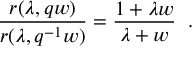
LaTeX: \frac { r ( \lambda , q w ) } { r ( \lambda , q ^ { - 1 } w ) } = \frac { 1 + \lambda w } { \lambda + w } \; \; .